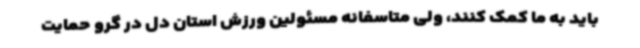
باید به ما کمک کنند، ولی متاسفانه مسئولین ورزش استان دل در گرو حمایت